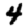
Digit: 4